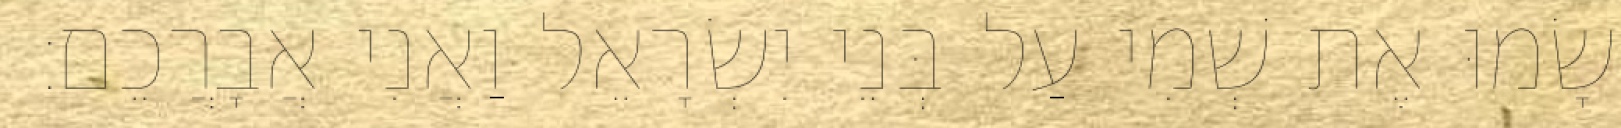
וְשָׂמוּ אֶת שְׁמִי עַל בְּנֵי יִשְׂרָאֵל וַאֲנִי אֲבָרֲכֵם׃